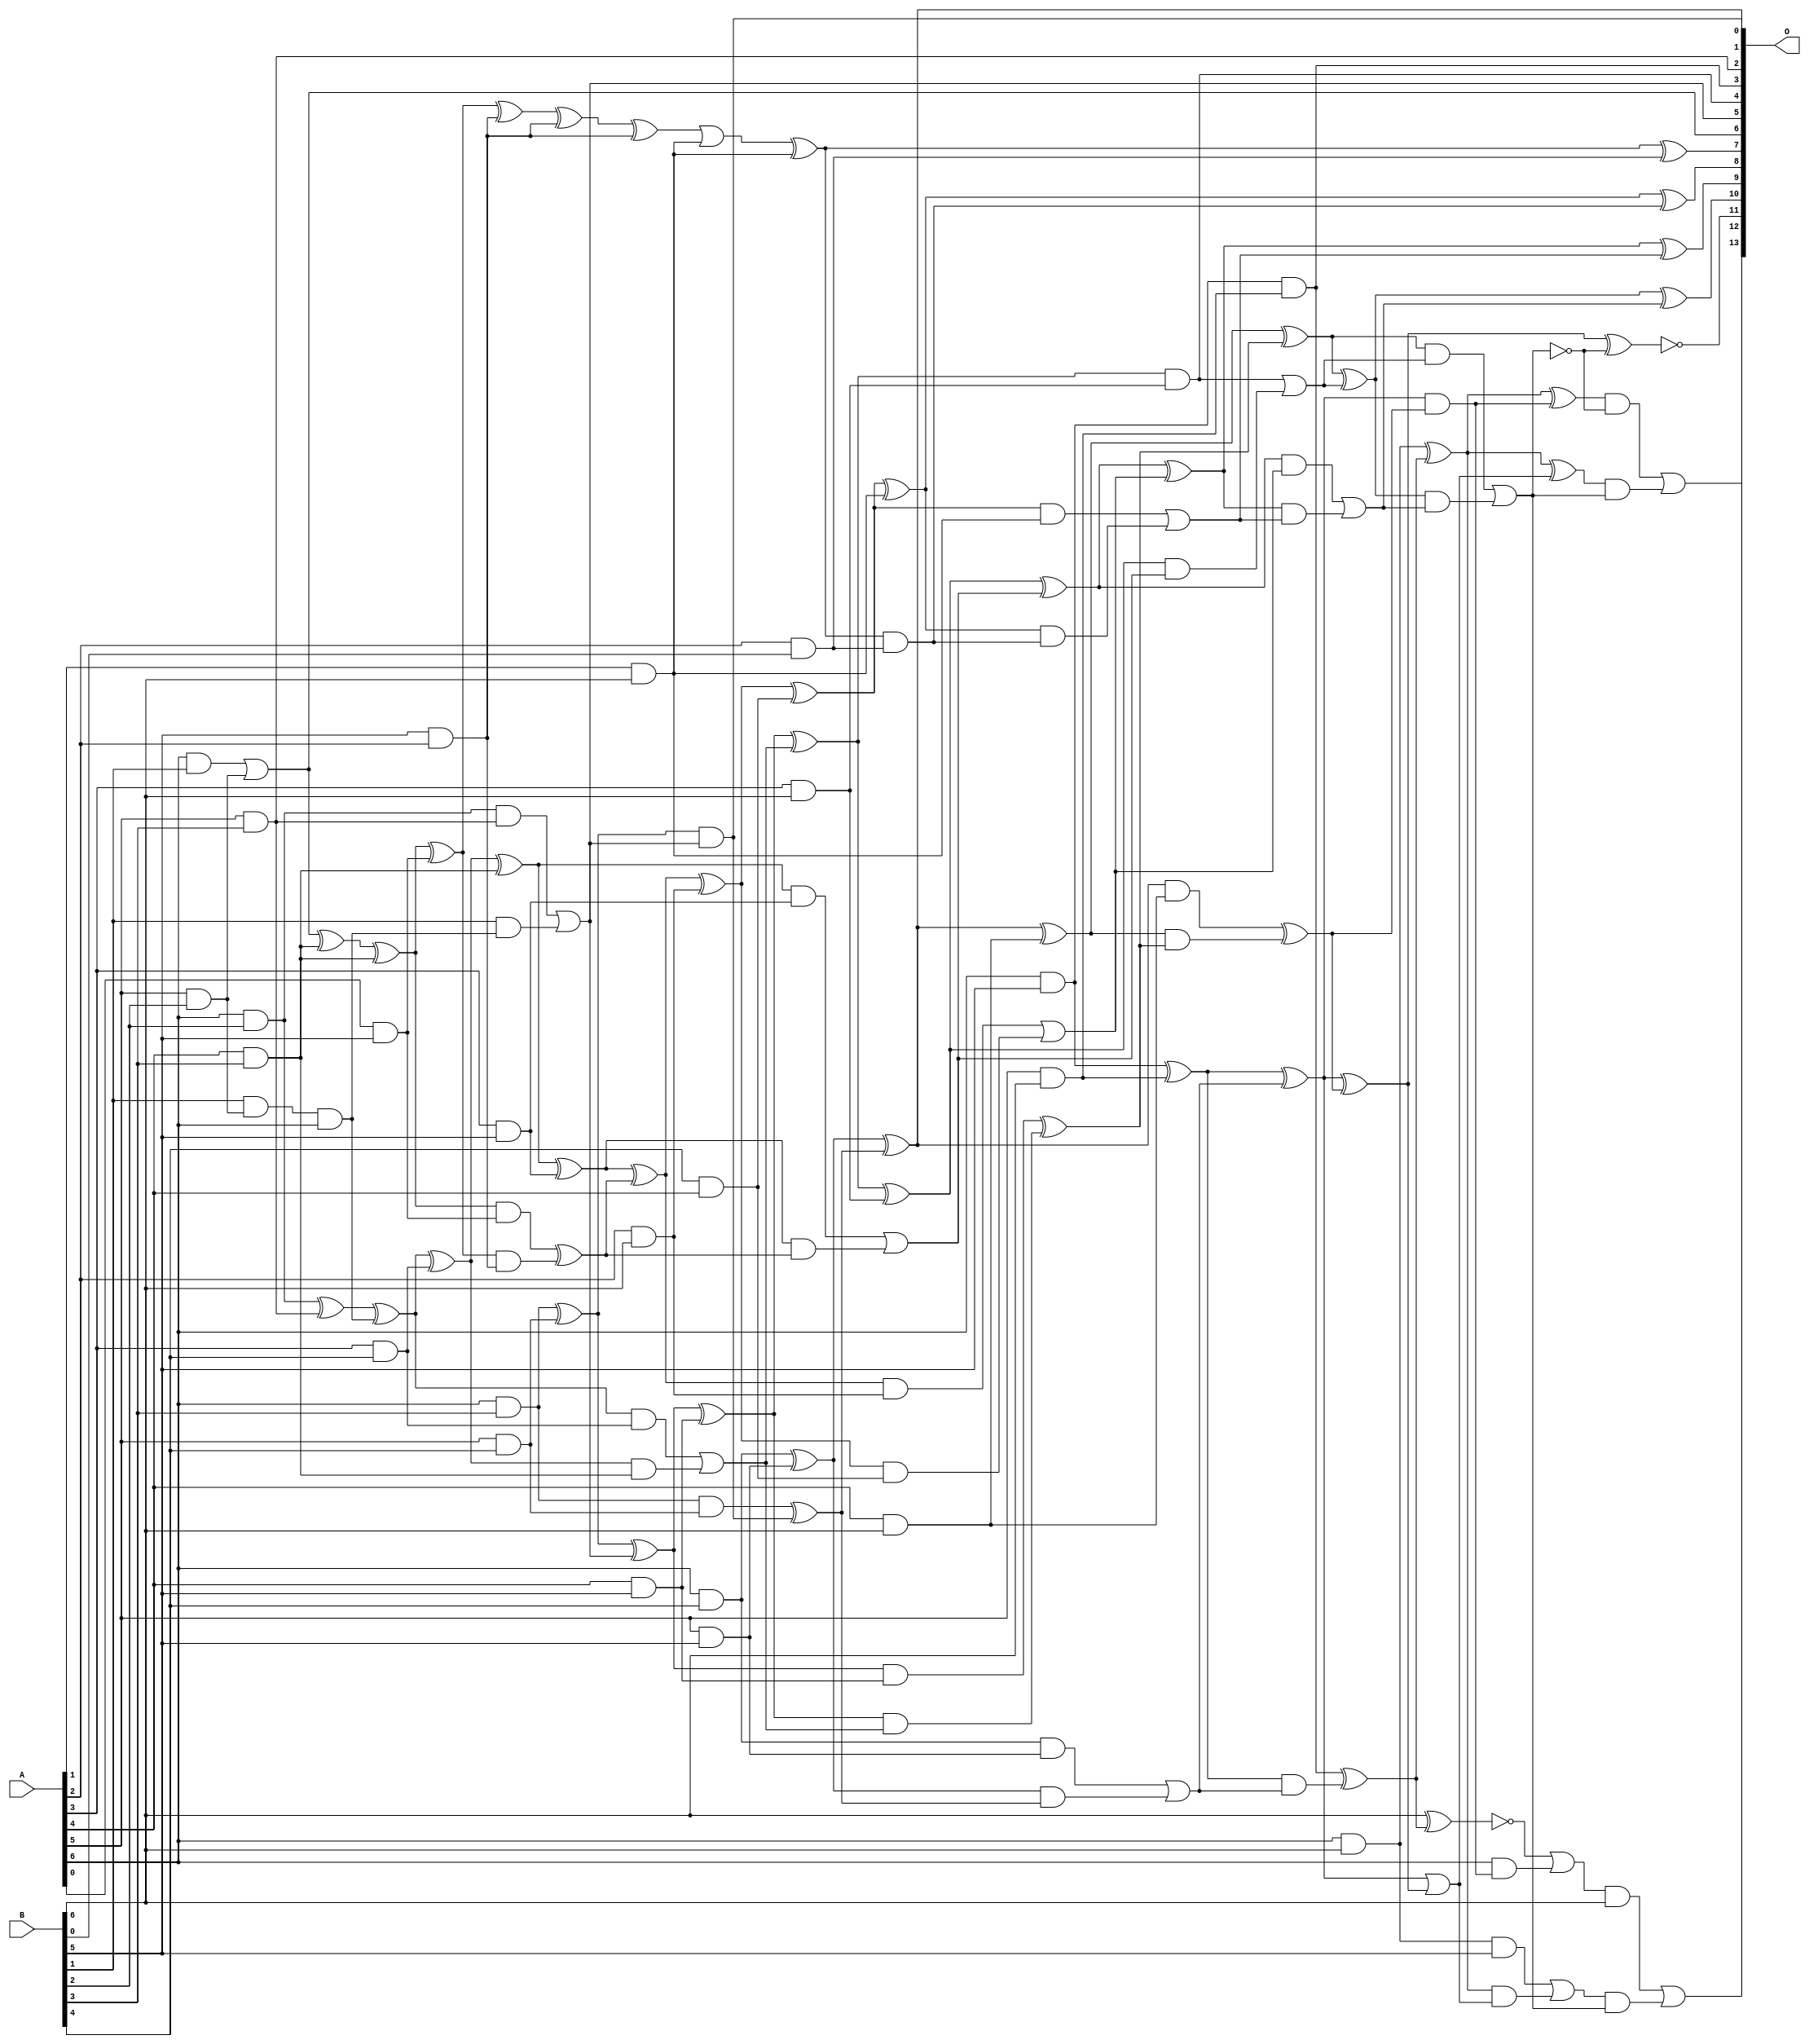
/***
* This code is a part of EvoApproxLib library (ehw.fit.vutbr.cz/approxlib) distributed under The MIT License.
* When used, please cite the following article(s): V. Mrazek, S. S. Sarwar, L. Sekanina, Z. Vasicek and K. Roy, "Design of power-efficient approximate multipliers for approximate artificial neural networks," 2016 IEEE/ACM International Conference on Computer-Aided Design (ICCAD), Austin, TX, 2016, pp. 1-7. doi: 10.1145/2966986.2967021 
* This file contains a circuit from a sub-set of pareto optimal circuits with respect to the pwr and mse parameters
***/
// MAE% = 0.46 %
// MAE = 75 
// WCE% = 1.93 %
// WCE = 317 
// WCRE% = 3100.00 %
// EP% = 97.53 %
// MRE% = 10.12 %
// MSE = 8789 
// PDK45_PWR = 0.123 mW
// PDK45_AREA = 280.2 um2
// PDK45_DELAY = 0.95 ns


module mul7u_09J(A, B, O);
  input [6:0] A, B;
  output [13:0] O;
  wire [6:0] A, B;
  wire [13:0] O;
  wire sig_27, sig_45, sig_46, sig_71, sig_73, sig_75;
  wire sig_76, sig_81, sig_83, sig_103, sig_104, sig_107;
  wire sig_108, sig_109, sig_110, sig_111, sig_112, sig_117;
  wire sig_118, sig_119, sig_120, sig_135, sig_136, sig_137;
  wire sig_138, sig_139, sig_140, sig_141, sig_142, sig_143;
  wire sig_144, sig_145, sig_146, sig_147, sig_149, sig_150;
  wire sig_153, sig_154, sig_155, sig_156, sig_157, sig_167;
  wire sig_168, sig_171, sig_172, sig_173, sig_174, sig_175;
  wire sig_176, sig_177, sig_178, sig_179, sig_180, sig_181;
  wire sig_182, sig_183, sig_184, sig_185, sig_187, sig_189;
  wire sig_190, sig_191, sig_192, sig_193, sig_194, sig_199;
  wire sig_200, sig_203, sig_204, sig_205, sig_206, sig_207;
  wire sig_208, sig_209, sig_210, sig_212, sig_213, sig_214;
  wire sig_215, sig_216, sig_217, sig_218, sig_219, sig_220;
  wire sig_222, sig_223, sig_224, sig_226, sig_227, sig_228;
  wire sig_229, sig_231, sig_232, sig_233, sig_234, sig_236;
  wire sig_237, sig_238, sig_239, sig_241, sig_242, sig_243;
  wire sig_244, sig_245, sig_246, sig_247, sig_248, sig_249;
  wire sig_250, sig_252, sig_253, sig_254, sig_255, sig_256;
  wire sig_257, sig_258, sig_262, sig_263, sig_264, sig_267;
  wire sig_268;
  assign sig_27 = A[6] & B[1];
  assign sig_45 = A[5] & B[2];
  assign sig_46 = A[6] & B[2];
  assign sig_71 = A[4] & B[3];
  assign O[6] = sig_27 | sig_45;
  assign sig_73 = B[1] & sig_45;
  assign sig_75 = O[6];
  assign sig_76 = sig_73 & A[6];
  assign sig_81 = A[4] & B[3];
  assign O[2] = A[5] & B[3];
  assign sig_83 = A[6] & B[3];
  assign sig_103 = B[5] & A[2];
  assign sig_104 = sig_75 ^ sig_81;
  assign sig_107 = sig_104 ^ sig_71;
  assign sig_108 = B[3] & A[4];
  assign sig_109 = sig_46 ^ O[2];
  assign sig_110 = sig_46 & O[2];
  assign sig_111 = B[1] & sig_76;
  assign sig_112 = sig_109 ^ sig_76;
  assign O[5] = sig_110 | sig_111;
  assign sig_117 = A[0] & B[5];
  assign sig_118 = A[3] & B[4];
  assign sig_119 = A[5] & B[4];
  assign sig_120 = A[6] & B[4];
  assign sig_135 = A[2] & B[5];
  assign sig_136 = sig_107 ^ sig_117;
  assign sig_137 = sig_107 & sig_117;
  assign sig_138 = sig_136 & sig_103;
  assign sig_139 = sig_136 ^ sig_103;
  assign sig_140 = sig_137 ^ sig_138;
  assign sig_141 = sig_112 ^ sig_118;
  assign sig_142 = sig_112 & sig_118;
  assign sig_143 = sig_141 & sig_108;
  assign sig_144 = sig_141 ^ sig_108;
  assign sig_145 = sig_142 | sig_143;
  assign sig_146 = sig_83 ^ sig_119;
  assign sig_147 = sig_83 & sig_119;
  assign O[1] = sig_146 & O[5];
  assign sig_149 = sig_146 ^ O[5];
  assign sig_150 = sig_147 ^ O[1];
  assign sig_153 = A[2] & B[5];
  assign sig_154 = A[3] & B[5];
  assign sig_155 = A[4] & B[5];
  assign sig_156 = A[5] & B[5];
  assign sig_157 = A[6] & B[5];
  assign sig_167 = B[6] & A[1];
  assign sig_168 = sig_139 ^ sig_153;
  assign sig_171 = sig_168 ^ sig_135;
  assign sig_172 = B[4] & A[4];
  assign sig_173 = sig_144 ^ sig_154;
  assign sig_174 = sig_144 & sig_154;
  assign sig_175 = sig_173 & sig_140;
  assign sig_176 = sig_173 ^ sig_140;
  assign sig_177 = sig_174 | sig_175;
  assign sig_178 = sig_149 ^ sig_155;
  assign sig_179 = sig_149 & sig_155;
  assign sig_180 = sig_178 & sig_145;
  assign sig_181 = sig_178 ^ sig_145;
  assign sig_182 = sig_179 ^ sig_180;
  assign sig_183 = sig_120 ^ sig_156;
  assign sig_184 = sig_120 & sig_156;
  assign sig_185 = sig_183 & sig_150;
  assign O[0] = sig_183 ^ sig_150;
  assign sig_187 = sig_184 | sig_185;
  assign sig_189 = A[1] & B[6];
  assign sig_190 = A[2] & B[6];
  assign sig_191 = A[3] & B[6];
  assign sig_192 = A[4] & B[6];
  assign sig_193 = A[5] & B[6];
  assign sig_194 = A[6] & B[6];
  assign sig_199 = A[2] & B[0];
  assign sig_200 = sig_171 | sig_189;
  assign sig_203 = sig_200 ^ sig_167;
  assign sig_204 = B[6] & A[1];
  assign sig_205 = sig_176 ^ sig_190;
  assign sig_206 = sig_176 & sig_190;
  assign sig_207 = sig_205 & sig_172;
  assign sig_208 = sig_205 ^ sig_172;
  assign sig_209 = sig_206 | sig_207;
  assign sig_210 = sig_181 ^ sig_191;
  assign O[4] = sig_181 & sig_191;
  assign sig_212 = sig_210 & sig_177;
  assign sig_213 = sig_210 ^ sig_177;
  assign sig_214 = O[4] | sig_212;
  assign sig_215 = O[0] ^ sig_192;
  assign sig_216 = O[0] & sig_192;
  assign sig_217 = sig_215 & sig_182;
  assign sig_218 = sig_215 ^ sig_182;
  assign sig_219 = sig_216 ^ sig_217;
  assign sig_220 = sig_157 ^ sig_193;
  assign O[3] = sig_157 & sig_193;
  assign sig_222 = sig_220 & sig_187;
  assign sig_223 = sig_220 ^ sig_187;
  assign sig_224 = O[3] ^ sig_222;
  assign O[7] = sig_203 ^ sig_199;
  assign sig_226 = sig_203 & sig_199;
  assign sig_227 = sig_208 ^ sig_204;
  assign sig_228 = sig_208 & sig_204;
  assign sig_229 = sig_227 & sig_226;
  assign O[8] = sig_227 ^ sig_226;
  assign sig_231 = sig_228 | sig_229;
  assign sig_232 = sig_213 ^ sig_209;
  assign sig_233 = sig_213 & sig_209;
  assign sig_234 = sig_232 & sig_231;
  assign O[9] = sig_232 ^ sig_231;
  assign sig_236 = sig_233 | sig_234;
  assign sig_237 = sig_218 ^ sig_214;
  assign sig_238 = sig_218 & sig_214;
  assign sig_239 = sig_237 & sig_236;
  assign O[10] = sig_237 ^ sig_236;
  assign sig_241 = sig_238 | sig_239;
  assign sig_242 = sig_223 ^ sig_219;
  assign sig_243 = sig_223 & sig_219;
  assign sig_244 = sig_194 ^ sig_224;
  assign sig_245 = !(B[6] ^ sig_224);
  assign sig_246 = A[6] & sig_243;
  assign sig_247 = sig_244 ^ sig_243;
  assign sig_248 = sig_245 | sig_246;
  assign sig_249 = sig_223 ^ sig_219;
  assign sig_250 = sig_223;
  assign sig_252 = sig_250 | sig_249;
  assign sig_253 = sig_194 ^ sig_224;
  assign sig_254 = sig_194 & B[5];
  assign sig_255 = sig_253 & sig_252;
  assign sig_256 = sig_253 ^ sig_252;
  assign sig_257 = sig_254 | sig_255;
  assign sig_258 = !sig_241;
  assign O[11] = !(sig_242 ^ sig_258);
  assign sig_262 = !sig_241;
  assign sig_263 = sig_247 & sig_262;
  assign sig_264 = sig_256 & sig_241;
  assign O[12] = sig_263 | sig_264;
  assign sig_267 = sig_248 & B[6];
  assign sig_268 = sig_257 & sig_241;
  assign O[13] = sig_267 | sig_268;
endmodule